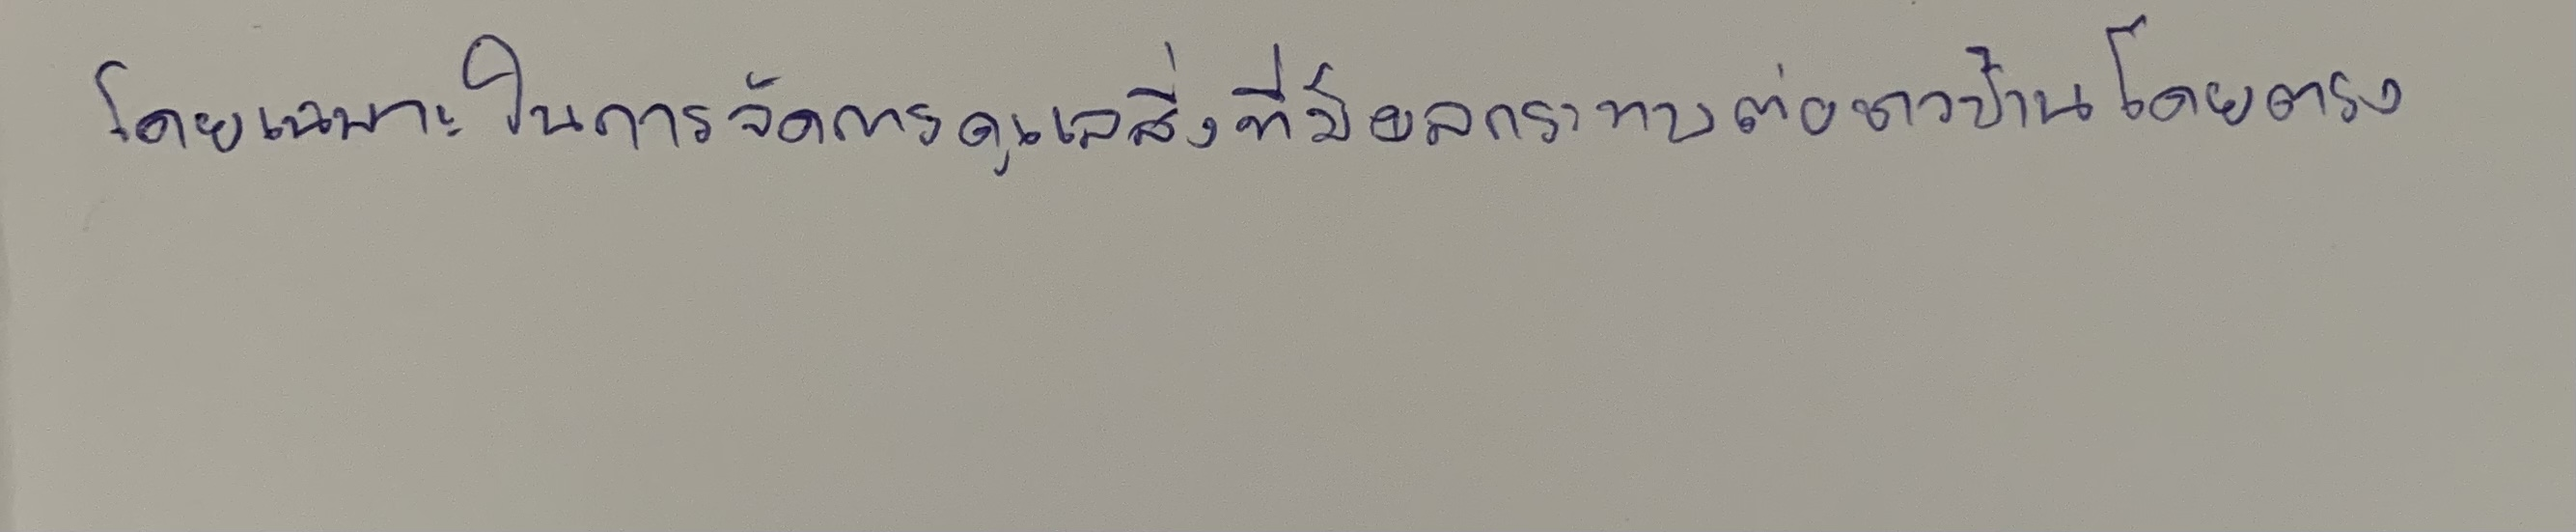
โดยเฉพาะในการจัดการดูแลสิ่งที่มีผลกระทบต่อชาวบ้านโดยตรง